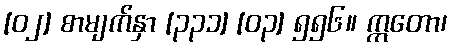
[၀၂] စာမျက်နှာ [၃၃၁] [၀၃] ၅၅၆။ ဣတော၊